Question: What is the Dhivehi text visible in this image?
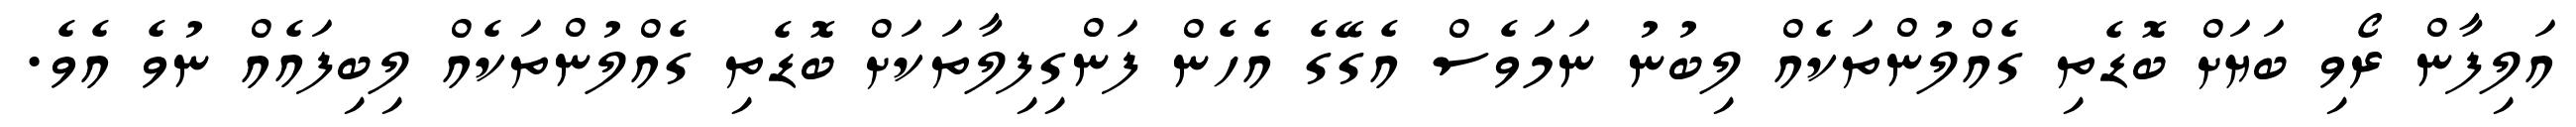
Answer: އަލިފާން ރޯވި ބަޔަށް ބޮޑެތި ގެއްލުންތަކެއް ލިބުނު ނަމަވެސް އެގޭގެ އެހެން ފަންގިފިލާތަކަށް ބޮޑެތި ގެއްލުންތަކެއް ލިބިފައެއް ނުވެ އެވެ.